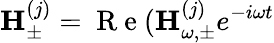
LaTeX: {\mathbf H}_{\pm}^{(j)}=\mathrm{~R~e~}({\mathbf H}_{\omega,\pm}^{(j)}e^{-i\omega t}